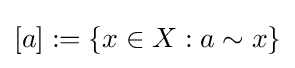
[a]:=\{x\in X:a\sim x\}